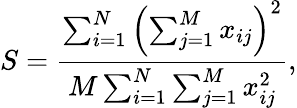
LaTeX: S=\frac{\sum_{i=1}^{N}\left(\sum_{j=1}^{M}x_{ij}\right)^{2}}{M\sum_{i=1}^{N}\sum_{j=1}^{M}x_{ij}^{2}},